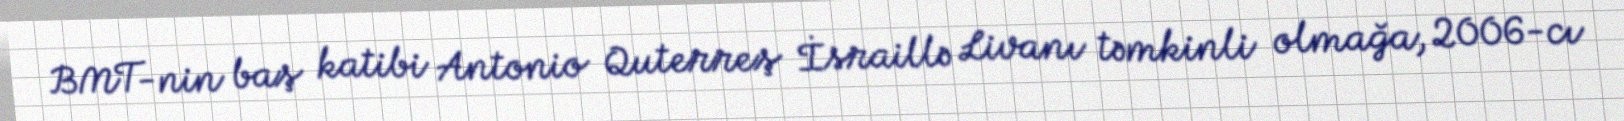
BMT-nin baş katibi Antonio Quterreş İsraillə Livanı təmkinli olmağa, 2006-cı